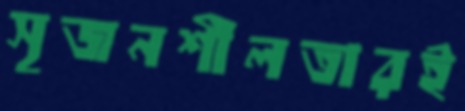
সৃজনশীলতারই